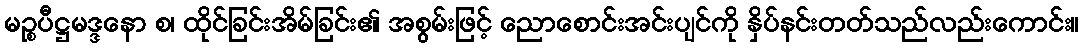
မဉ္စပီဋ္ဌမဒ္ဒနော စ၊ ထိုင်ခြင်းအိမ်ခြင်း၏ အစွမ်းဖြင့် ညောစောင်းအင်းပျင်ကို နှိပ်နင်းတတ်သည်လည်းကောင်း။